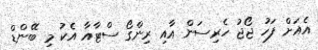
އެއަށް ފަހު ޖޯޖު ހެރިސަން އާއި ރިންގޯ ސްޓާއާ އެކު މި ބޭންޑް